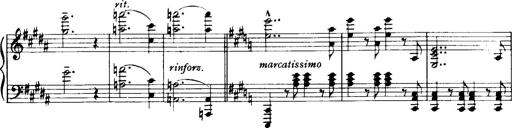
Title: Historische ungarische Bildnisse
Composer: Franz Liszt